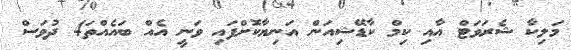
މަލިކާ ޝެރަވަޓް އާއި ކިމް ކާޑޭޝިއަން އަނިޔާކޮށްފައި ވަނީ އެއް ބައެއްތަ4 ދުވަސް